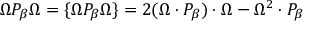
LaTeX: \Omega P _ { \beta } \Omega = \{ \Omega P _ { \beta } \Omega \} = 2 ( \Omega \cdot P _ { \beta } ) \cdot \Omega - \Omega ^ { 2 } \cdot P _ { \beta }